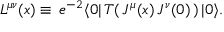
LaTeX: L ^ { \mu \nu } ( x ) \equiv \, e ^ { - 2 } \langle 0 | \, T ( \, J ^ { \mu } ( x ) \, J ^ { \nu } ( 0 ) \, ) \, | 0 \rangle .